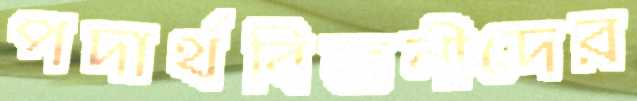
পদার্থবিজ্ঞনীদের